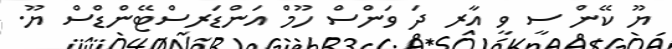
ޔޫ ކޭން ސީ ވީ އާރ ދަ ވަންސް ހޫމް އަންޑަރސްޓޭންޑްސް ޔޫ.